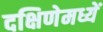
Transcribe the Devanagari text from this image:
दक्षिणेमध्यें